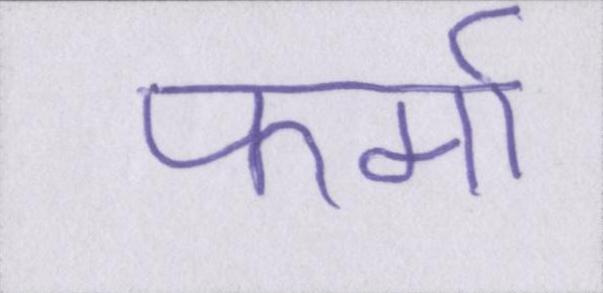
फर्मा